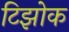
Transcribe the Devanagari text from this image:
टिझोक